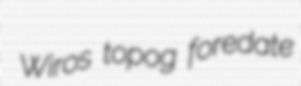
Wiros topog foredate